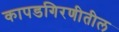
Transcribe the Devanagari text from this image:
कापडगिरणीतील